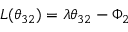
{ \cal L } ( \theta _ { 3 2 } ) = \lambda \theta _ { 3 2 } - \Phi _ { 2 }